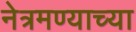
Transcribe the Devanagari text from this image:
नेत्रमण्याच्या